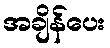
အချိန်ပေး